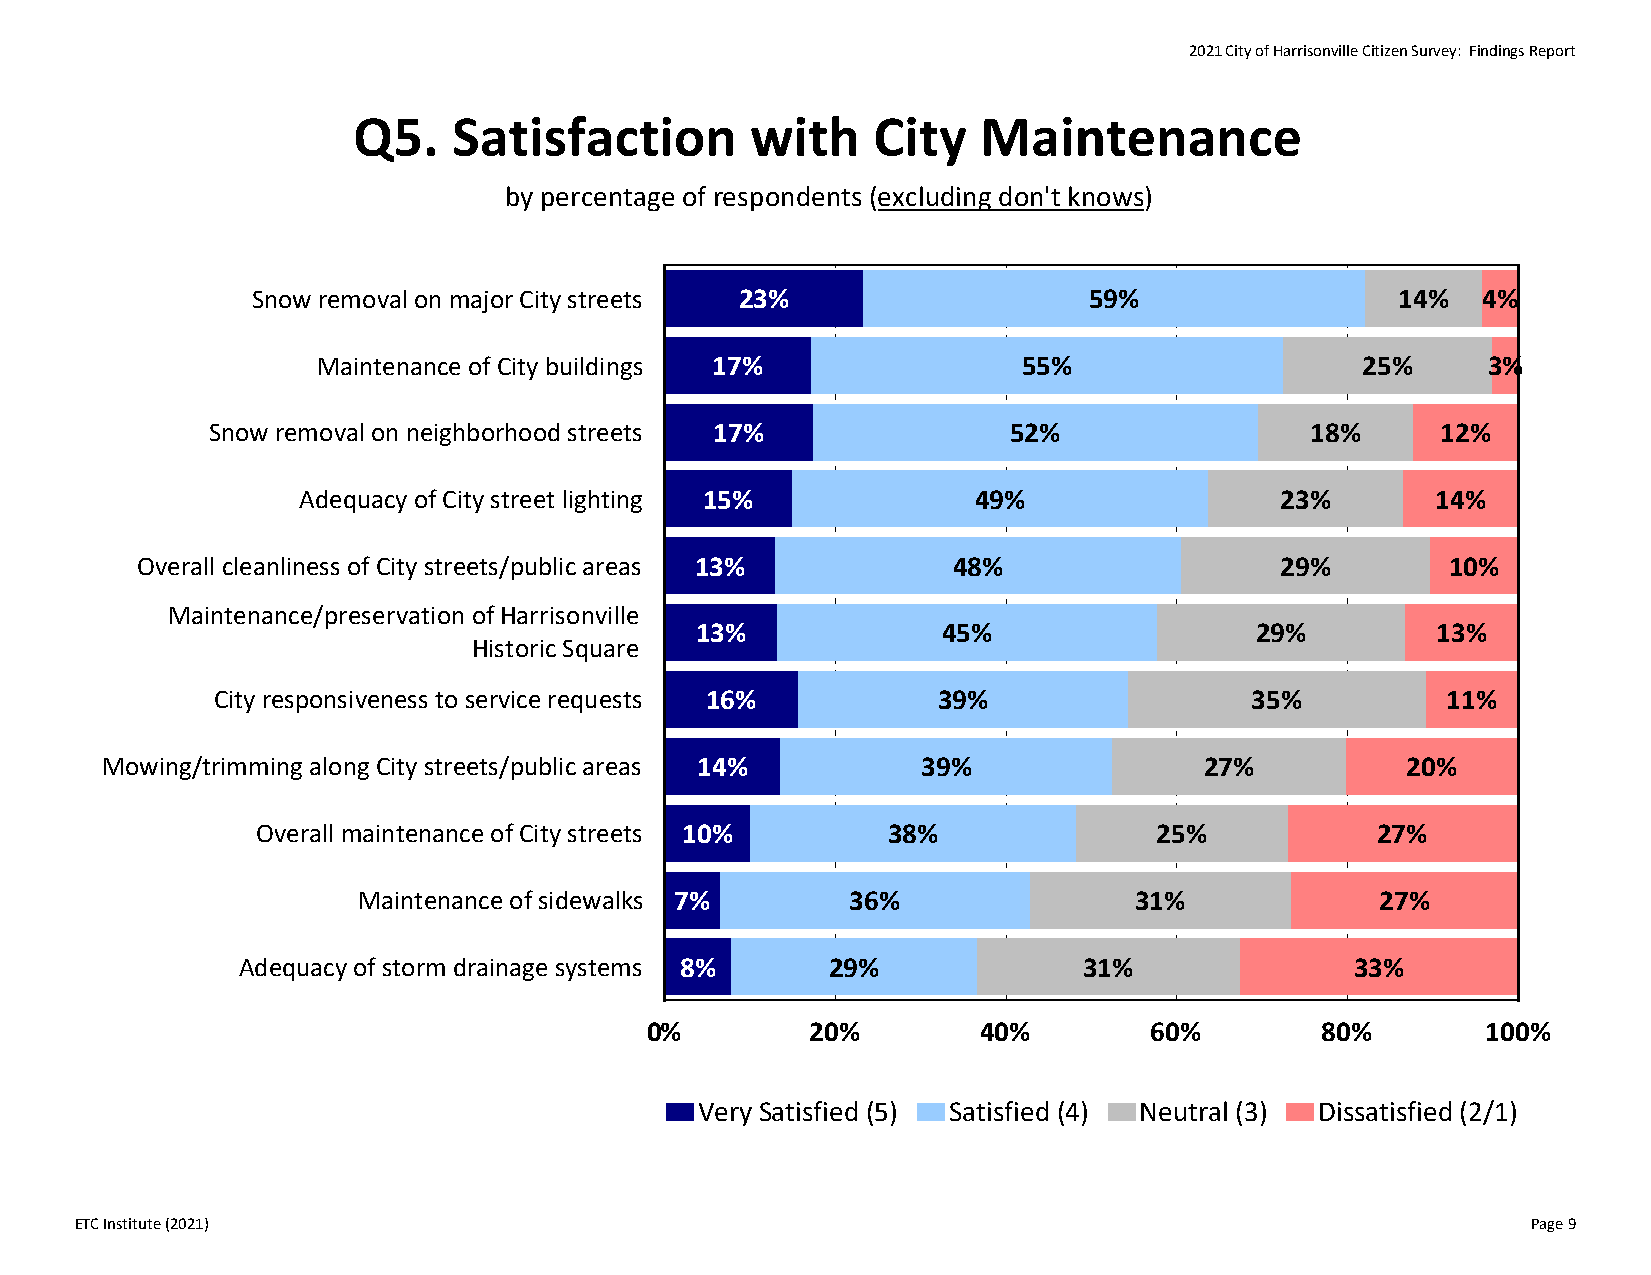
2021 City of Harrisonville Citizen Survey: Findings Report
 Q5.    Satisfaction        with    City   Maintenance
 by percentage of respondents (excluding don't knows)
 Snow removal on major City streets 23%                 59%                  14%  4%
 Maintenance of City buildings 17%              55%                   25%     3%
 Snow removal on neighborhood streets 17%             52%                 18%     12%
 Adequacy of City street lighting 15%        49%                  23%       14%
 Overall cleanliness of City streets/public areas 13%  48%                   29%        10%
 Maintenance/preservation of Harrisonville
 13%             45%                  29%         13%
 Historic Square
 City responsiveness to service requests 16%     39%                  35%          11%
 Mowing/trimming along City streets/public areas 14%   39%                27%          20%
 Overall maintenance of City streets 10%   38%               25%           27%
 Maintenance of sidewalks 7%     36%                31%             27%
 Adequacy of storm drainage systems 8%  29%              31%               33%
 0%         20%        40%        60%        80%        100%
 Very Satisfied (5) Satisfied (4) Neutral (3) Dissatisfied (2/1)
 ETC Institute (2021)                                                                            Page 9